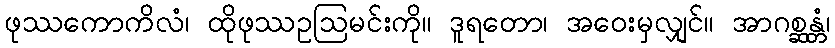
ဖုဿကောကိလံ၊ ထိုဖုဿဥဩမင်းကို။ ဒူရတော၊ အဝေးမှလျှင်။ အာဂစ္ဆန္တံ၊